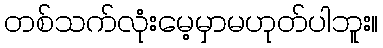
တစ်သက်လုံးမေ့မှာမဟုတ်ပါဘူး။